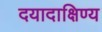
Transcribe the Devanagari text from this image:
दयादाक्षिण्य